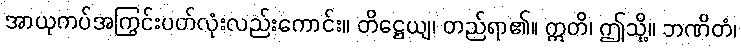
အာယုကပ်အကြွင်းပတ်လုံးလည်းကောင်း။ တိဋ္ဌေယျ၊ တည်ရာ၏။ ဣတိ၊ ဤသို့။ ဘဏိတံ၊